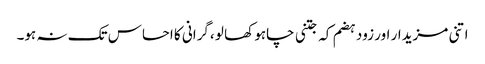
اتنی مزیدار اور زود ہضم کہ جتنی چاہو کھا لو ،گرانی کا احساس تک نہ ہو۔